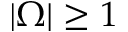
| \Omega | \ge 1